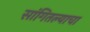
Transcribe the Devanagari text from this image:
सांगितल्याचा